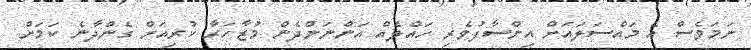
ނަމަވެސް އެ މައްސަލައަށް އިންސާފުވެރި ހައްލެއް އަންނަންދެން މުޒާހަރާ ކުރިއަށް ގެންދާނެ ކަމަށް